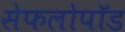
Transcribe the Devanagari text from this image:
सेफलोपॉड